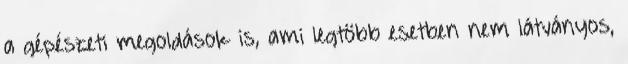
a gépészeti megoldások is, ami legtöbb esetben nem látványos,